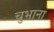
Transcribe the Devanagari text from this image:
चुभाना